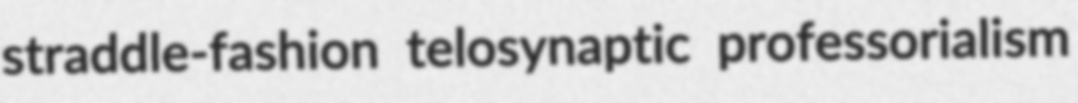
straddle-fashion telosynaptic professorialism